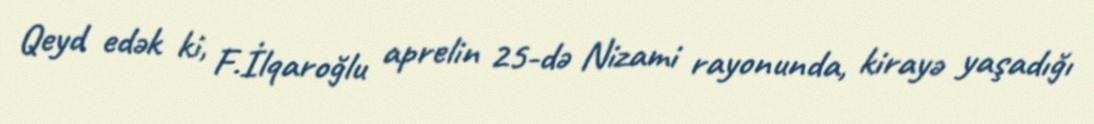
Qeyd edək ki, F.İlqaroğlu aprelin 25-də Nizami rayonunda, kirayə yaşadığı